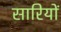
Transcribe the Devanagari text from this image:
सारियों